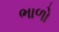
ભાળો